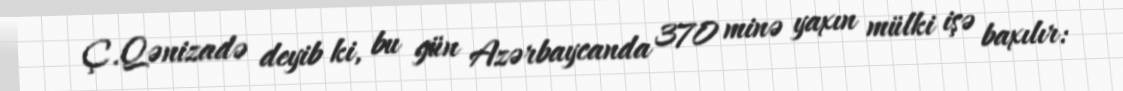
Ç.Qənizadə deyib ki, bu gün Azərbaycanda 370 minə yaxın mülki işə baxılır: